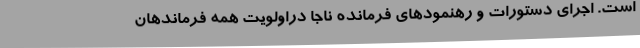
است. اجرای دستورات و رهنمودهای فرمانده ناجا دراولویت همه فرماندهان